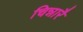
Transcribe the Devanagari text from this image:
चिन्नारै